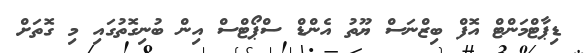
ޑިޕާޓްމަންޓް އޮފް ބިޒްނަސް ޔޫތު އެންޑް ސްޕޯޓްސް އިން ބުނިގޮތުގައި މި ގޮތަށް